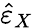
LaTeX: \hat{\varepsilon}_{X}